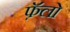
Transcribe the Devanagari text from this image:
फ़ॅलो